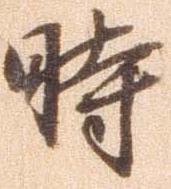
時